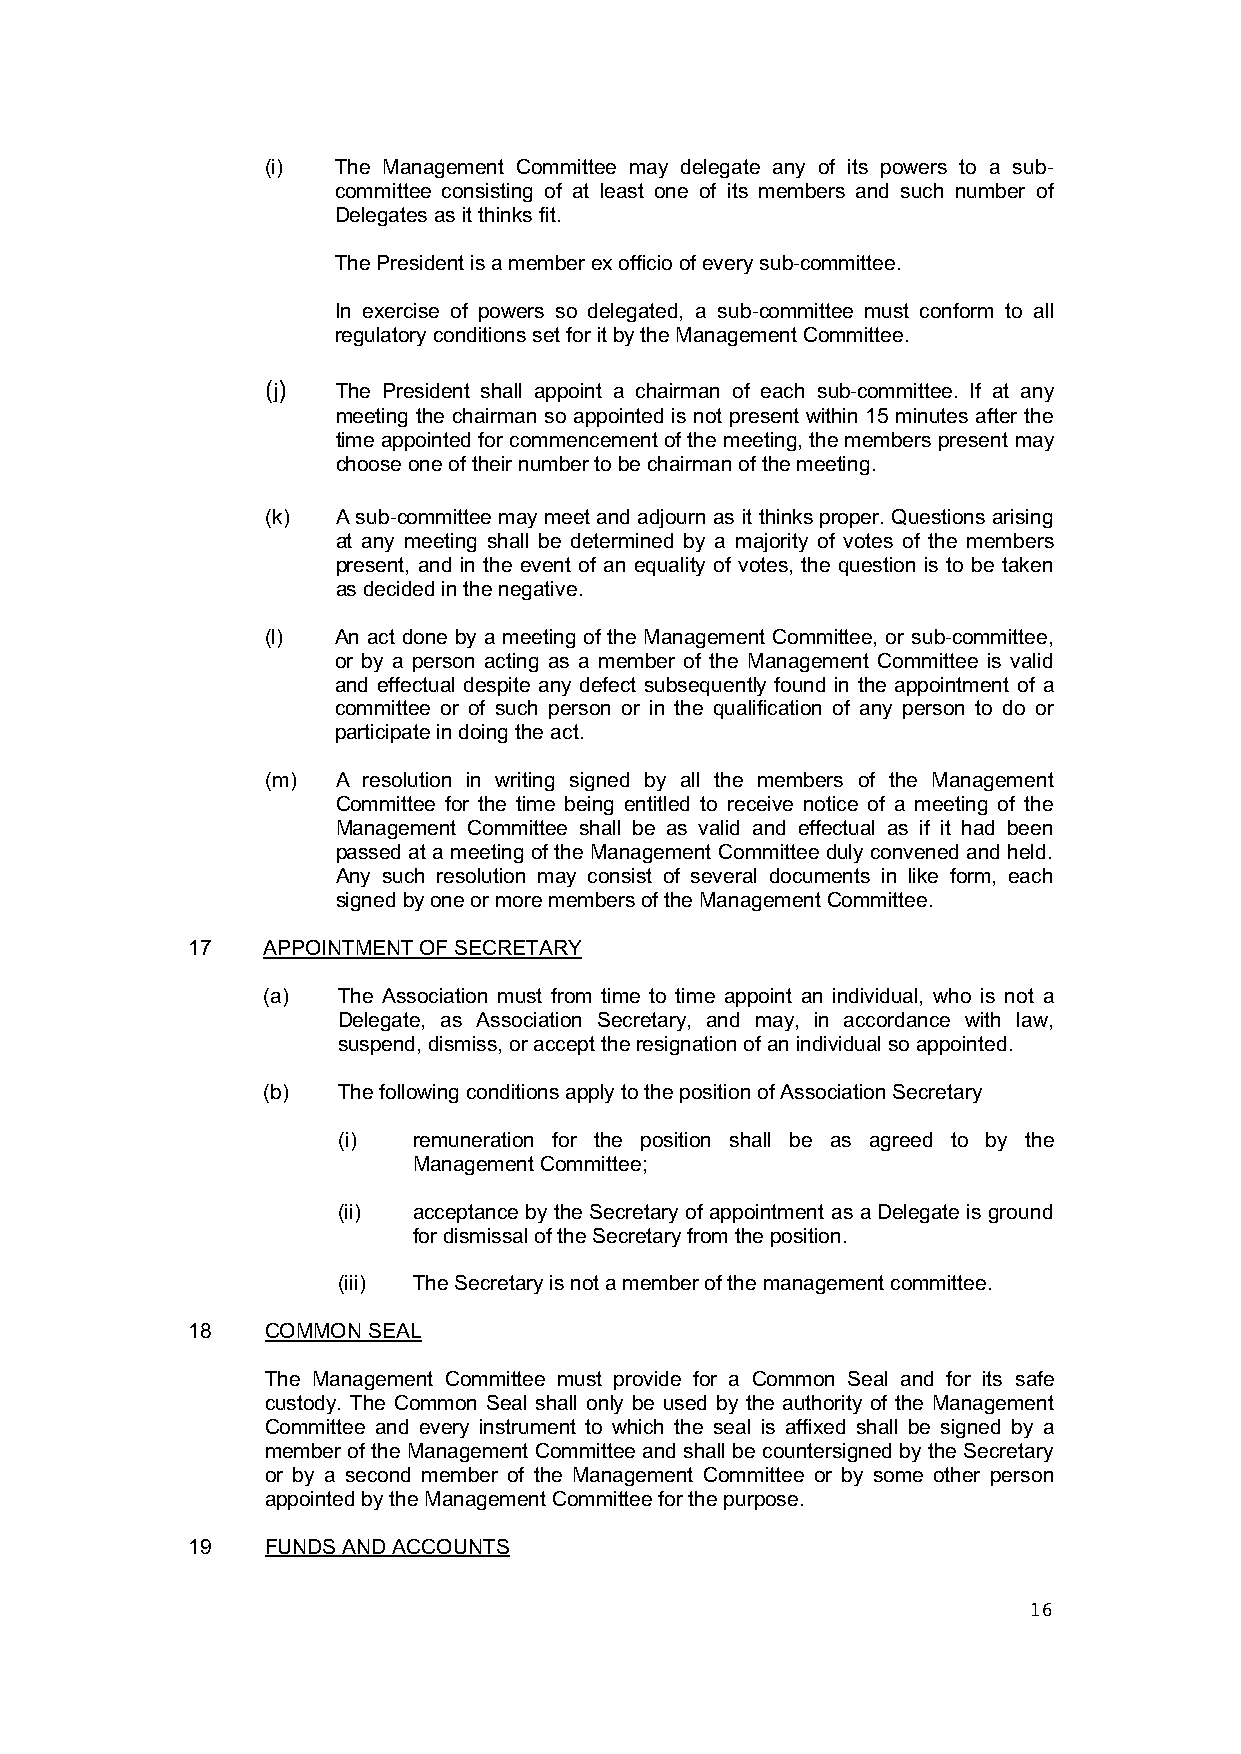
(i) The Management Committee may delegate any of its powers to a sub-
 committee consisting of at least one of its members and such number of
 Delegates as it thinks fit.
 The President is a member ex officio of every sub-committee.
 In exercise of powers so delegated, a sub-committee must conform to all
 regulatory conditions set for it by the Management Committee.
 (j) The President shall appoint a chairman of each sub-committee. If at any
 meeting the chairman so appointed is not present within 15 minutes after the
 time appointed for commencement of the meeting, the members present may
 choose one of their number to be chairman of the meeting.
 (k) A sub-committee may meet and adjourn as it thinks proper. Questions arising
 at any meeting shall be determined by a majority of votes of the members
 present, and in the event of an equality of votes, the question is to be taken
 as decided in the negative.
 (l) An act done by a meeting of the Management Committee, or sub-committee,
 or by a person acting as a member of the Management Committee is valid
 and effectual despite any defect subsequently found in the appointment of a
 committee or of such person or in the qualification of any person to do or
 participate in doing the act.
 (m) A resolution in writing signed by all the members of the Management
 Committee for the time being entitled to receive notice of a meeting of the
 Management Committee shall be as valid and effectual as if it had been
 passed at a meeting of the Management Committee duly convened and held.
 Any such resolution may consist of several documents in like form, each
 signed by one or more members of the Management Committee.
 17   APPOINTMENT OF SECRETARY
 (a)  The Association must from time to time appoint an individual, who is not a
 Delegate, as Association Secretary, and may, in accordance with law,
 suspend, dismiss, or accept the resignation of an individual so appointed.
 (b)  The following conditions apply to the position of Association Secretary
 (i)  remuneration for the position shall be as agreed to by the
 Management Committee;
 (ii) acceptance by the Secretary of appointment as a Delegate is ground
 for dismissal of the Secretary from the position.
 (iii) The Secretary is not a member of the management committee.
 18    COMMON SEAL
 The Management Committee must provide for a Common Seal and for its safe
 custody. The Common Seal shall only be used by the authority of the Management
 Committee and every instrument to which the seal is affixed shall be signed by a
 member of the Management Committee and shall be countersigned by the Secretary
 or by a second member of the Management Committee or by some other person
 appointed by the Management Committee for the purpose.
 19    FUNDS AND ACCOUNTS
 16